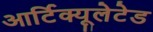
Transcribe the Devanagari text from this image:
आर्टिक्यूलेटेड